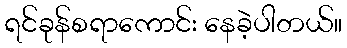
ရင်ခုန်စရာကောင်း နေခဲ့ပါတယ်။